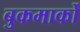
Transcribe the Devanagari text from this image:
बुकमार्कों